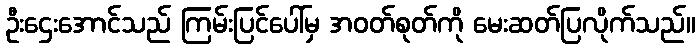
ဦးဌေးအောင်သည် ကြမ်းပြင်ပေါ်မှ အဝတ်စုတ်ကို မေးဆတ်ပြလိုက်သည်။